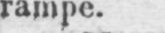
rampe.